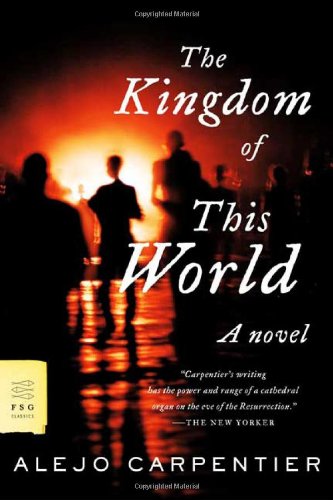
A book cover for The Kingdom of This World; Alejo Carpentier; Literature & Fiction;